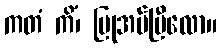
ကတံ ကိံ၊ ပြုအပ်ပြီလော။